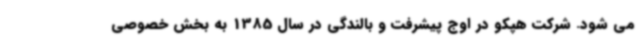
می شود. شرکت هپکو در اوج پیشرفت و بالندگی در سال 1385 به بخش خصوصی